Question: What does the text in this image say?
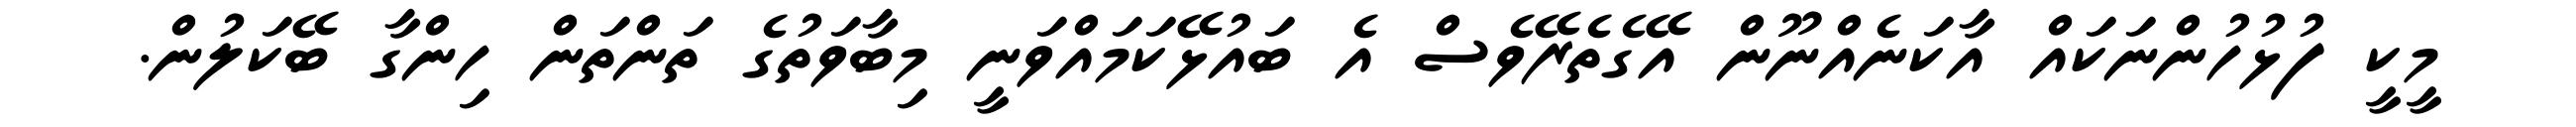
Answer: މީކީ ފުޅުހުންނަކައް އާކަނެއްނޫން އޭގެތެރޭވެސް އެ ބައުޅޭކަމައްވަނީ މިބާވަތުގެ ތަންތަން ހިންގާ ބޭކަލުން.